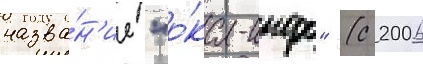
назва́н'ие "о́ка-инфо" (с 2006